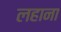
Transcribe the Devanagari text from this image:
लहाना